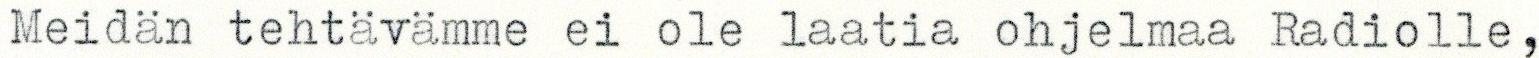
Meidän tehtävämme ei ole laatia ohjelmaa Radiolle,